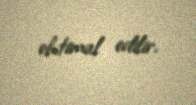
ehtimal edilir.